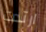
ارتدت